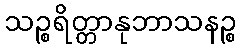
သဉ္စရိတ္တာနုဘာသနဉ္စ